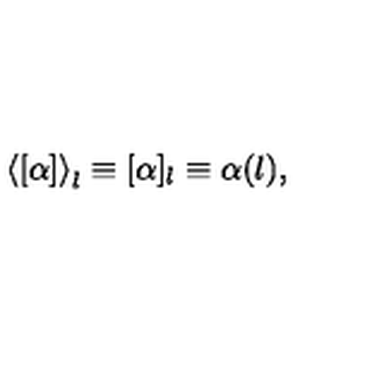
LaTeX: \left< [ \alpha ] \right> _ { l } \equiv [ \alpha ] _ { l } \equiv \alpha ( l ) ,